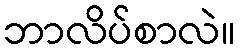
ဘာလိပ်စာလဲ။